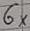
Text: 6×